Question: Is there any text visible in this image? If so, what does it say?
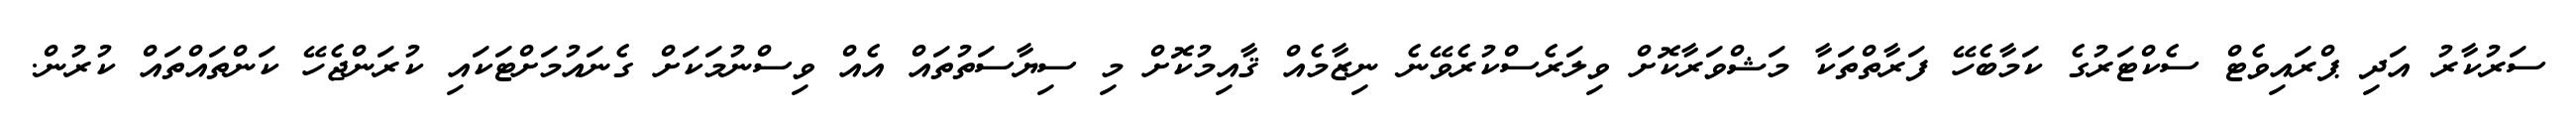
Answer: ސަރުކާރު އަދި ޕްރައިވެޓް ސެކްޓަރުގެ ކަމާބެހޭ ފަރާތްތަކާ މަޝްވަރާކޮށް ވިލަރެސްކުރެވޭނެ ނިޒާމެއް ޤާއިމުކޮށް މި ސިޔާސަތުތައް އެއް ވިސްނުމަކަށް ގެނައުމަށްޓަކައި ކުރަންޖެހޭ ކަންތައްތައް ކުރުން.